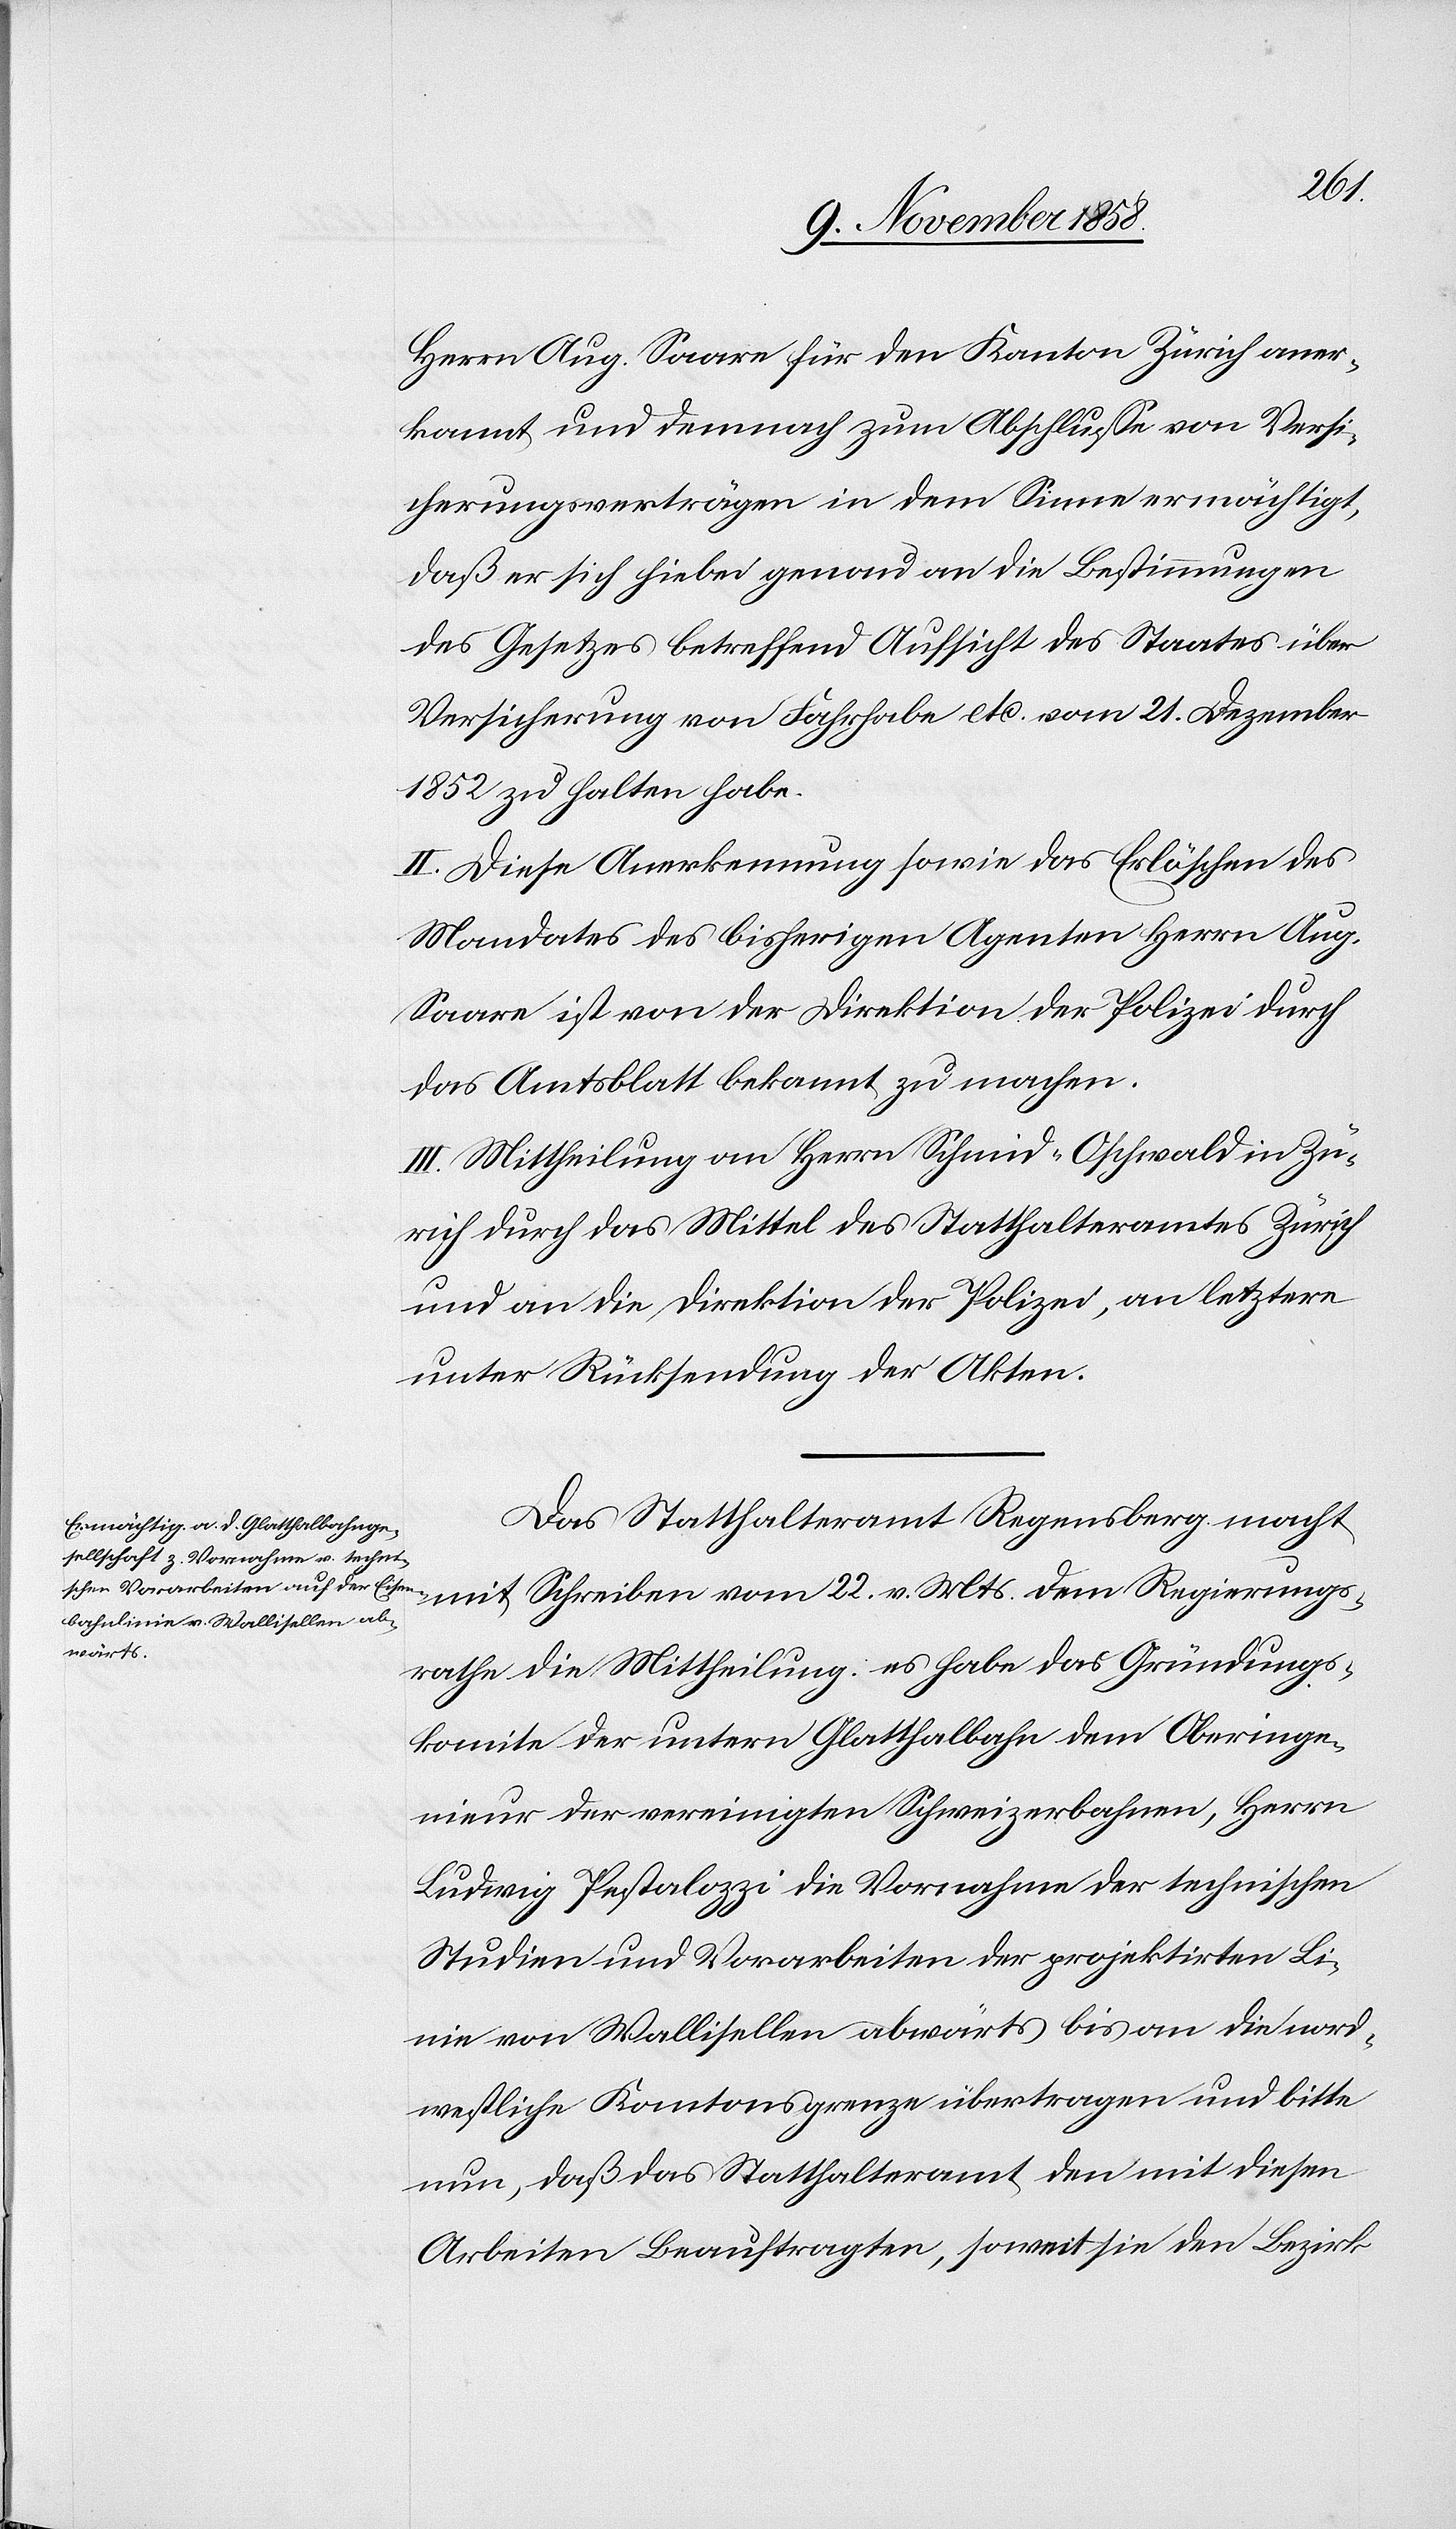
Herrn Aug. Saare für den Kanton Zürich aner¬
kannt und demnach zum Abschlusse von Versi¬
cherungsverträgen in dem Sinne ermächtigt,
daß er sich hiebei genau an die Bestimmungen
des Gesetzes betreffend Aufsicht des Staates über
Versicherung von Fahrhabe etc. vom 21. Dezember
1852 zu halten habe.
II. Diese Anerkennung sowie das Erlöschen des
Mandates des bisherigen Agenten Herrn Aug.
Saare ist von der Direktion der Polizei durch
das Amtsblatt bekannt zu machen.
III. Mittheilung an Herrn Schmid-Oschwald in Zü¬
rich durch das Mittel des Statthalteramtes Zürich
und an die Direktion der Polizei, an letztere
unter Rücksendung der Akten.
Das Statthalteramt Regensberg macht
mit Schreiben vom 22. v. Mts. dem Regierungs¬
rathe die Mittheilung: es habe das Gründungs¬
komite der untern Glatthalbahn dem Oberinge¬
nieur der vereinigten Schweizerbahnen, Herrn
Ludwig Pestalozzi die Vornahme der technischen
Studien und Vorarbeiten der projektirten Li¬
nie von Wallisellen abwärts bis an die nord¬
westliche Kantonsgrenze übertragen und bitte
nun, daß das Statthalteramt den mit diesen
Arbeiten Beauftragten, soweit sie den Bezirk